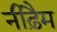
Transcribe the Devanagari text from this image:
नीढ़ैम